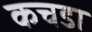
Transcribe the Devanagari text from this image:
कचडा